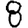
Digit: 8